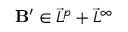
\mathbf { B } ^ { \prime } \in \vec { L } ^ { p } + \vec { L } ^ { \infty }